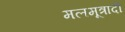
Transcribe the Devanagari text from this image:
मलमूत्रादी